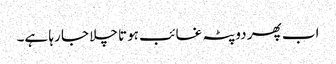
اب پھر دوپٹہ غائب ہوتا چلا جا رہا ہے۔